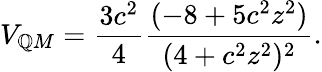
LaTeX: V_{\mathbb{Q}M}=\frac{{3c^{2}}}{{4}}\frac{{(-8+5c^{2}z^{2})}}{{(4+c^{2}z^{2})^{2}}}.